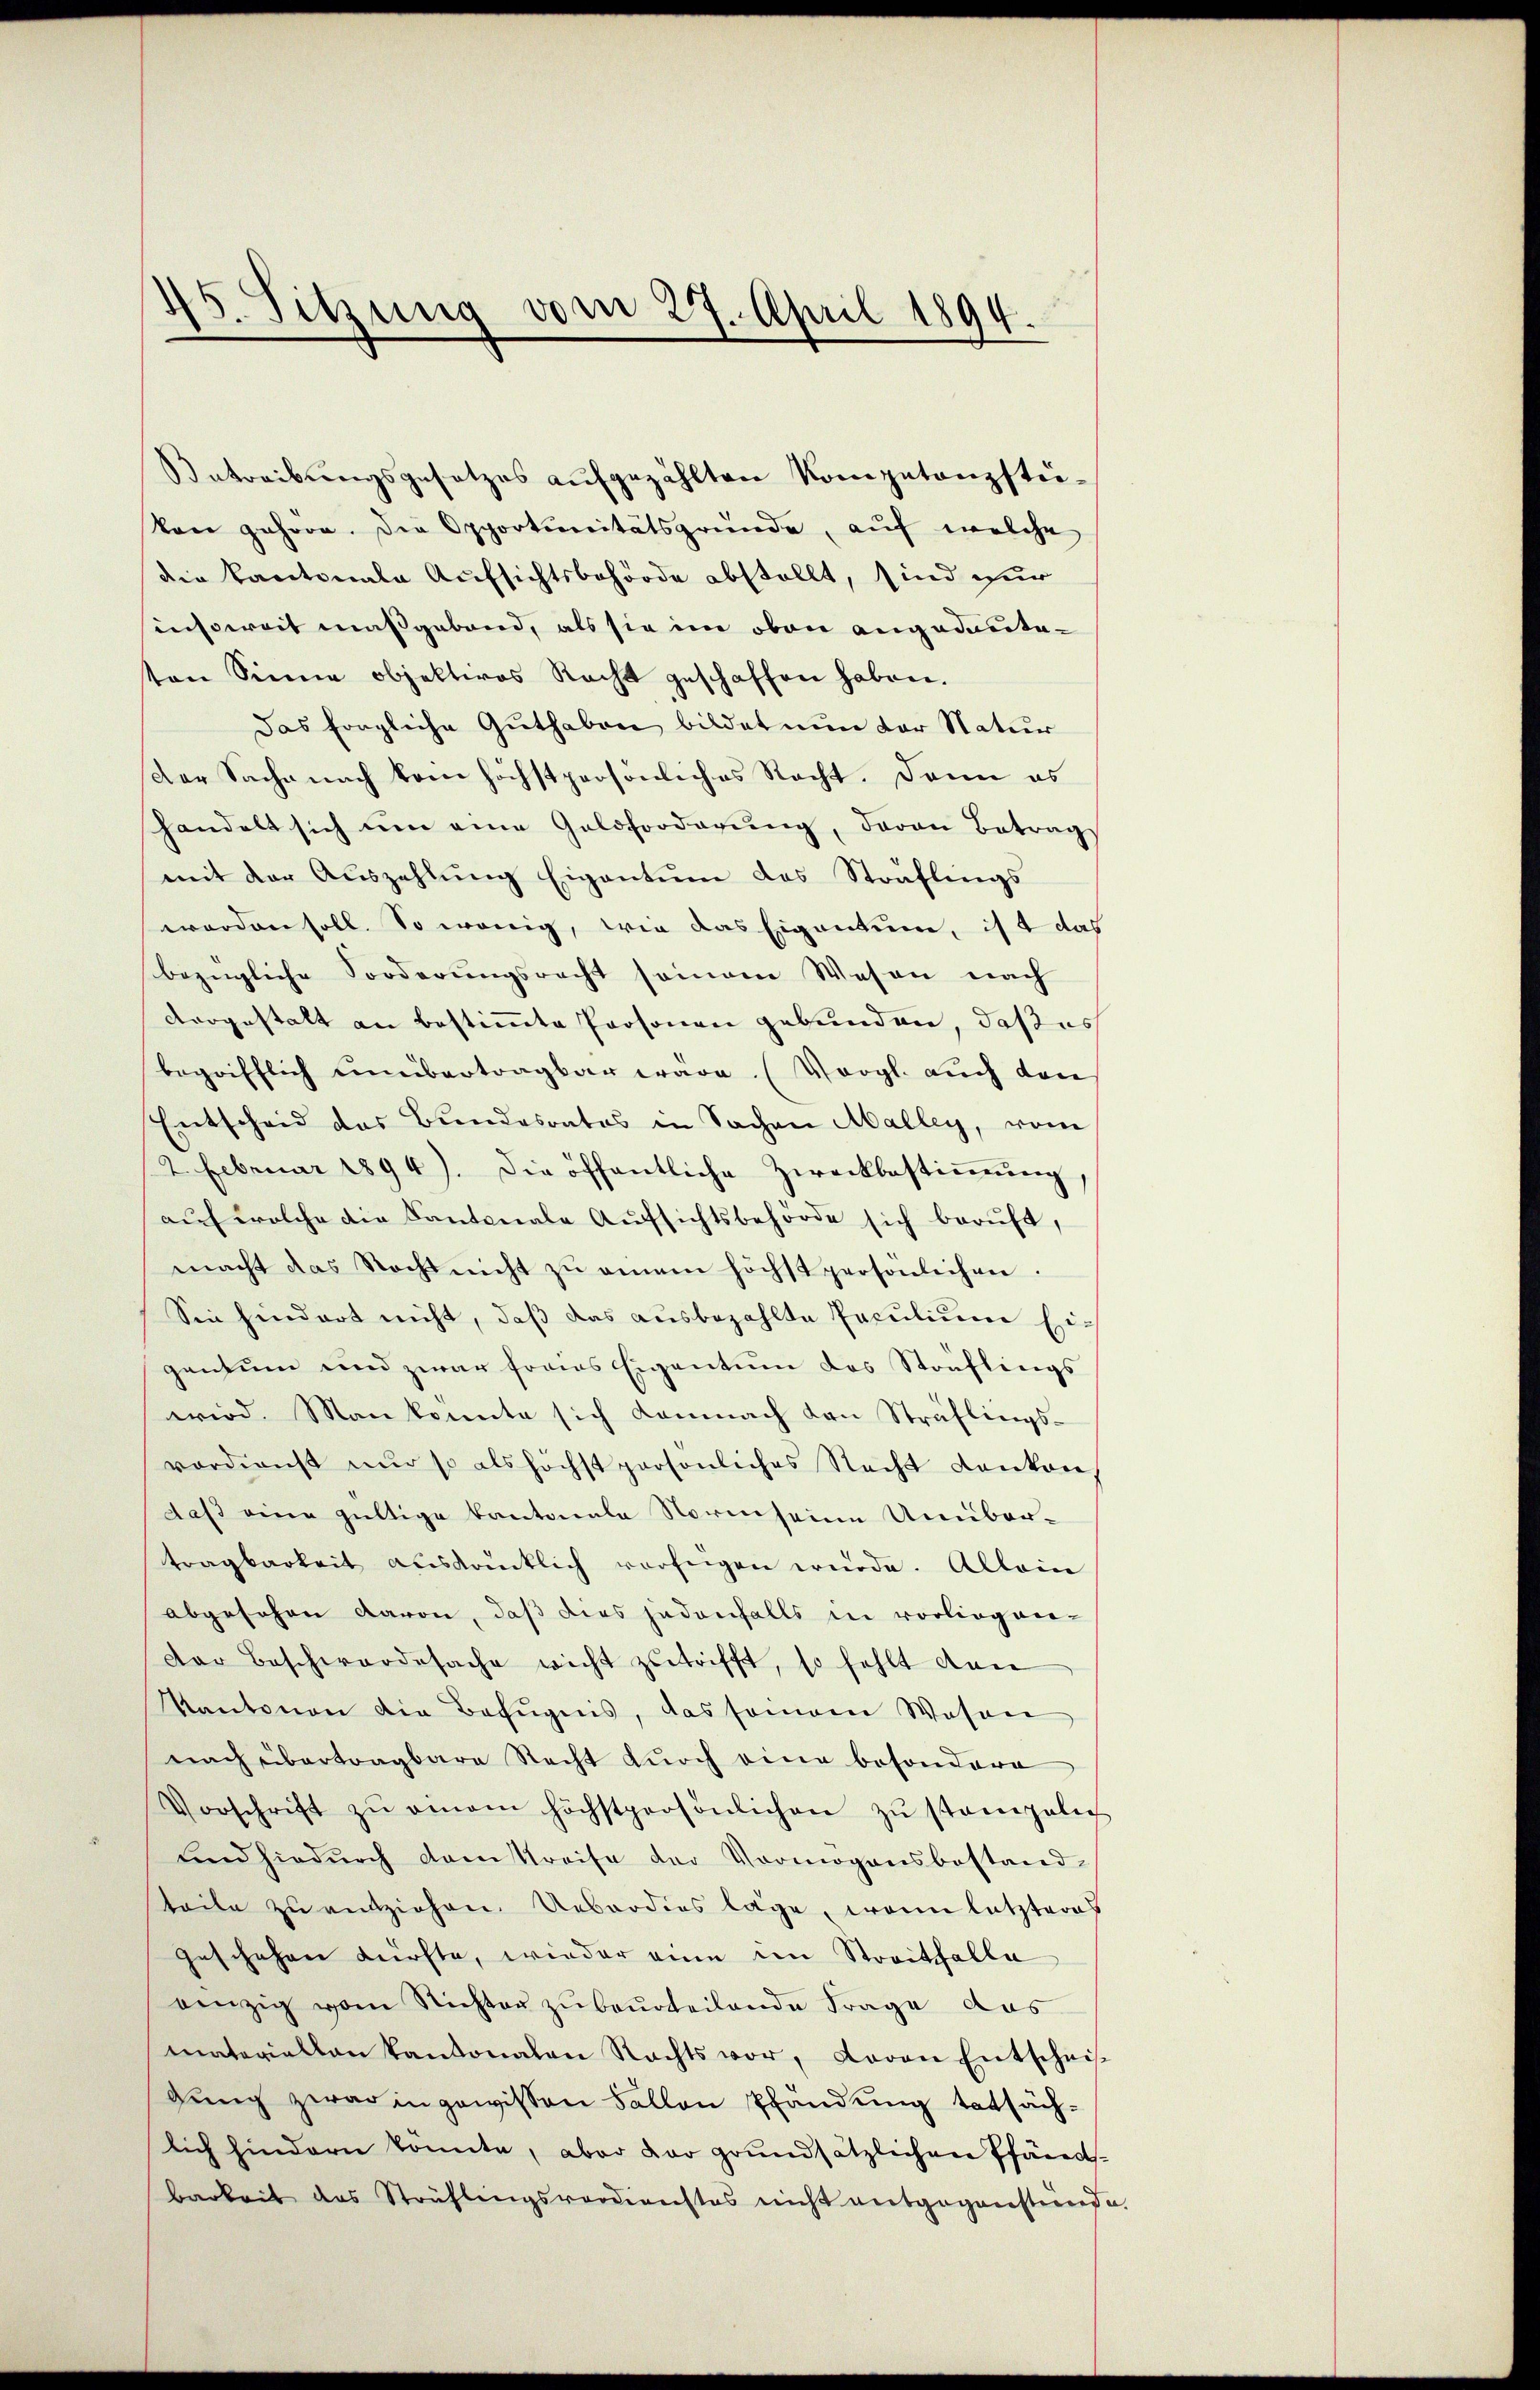
45. Sitzung vom 27. April 1894.

Antreibŭngsgesetzes aŭfgezählten Kompetenzstie-
kon gehöre. Die Opportionitätsgründe, auf welche
die Kantonale Aufsichtsbehörde abstellt, sind zur
insoweit maßgebend, als sie im oben angedante-
ton Sinne objektives Recht geschaffen haben.
Das fragliche Guthaben bildet nun der Natur
Der Sache nach kein höchstpersönliches Nacht. Dann es
handelt sich um eine Geldforderŭng, daran Betrag
mit der Auszahlŭng Eigentum des Sträflings
worden soll. So wenig, wie das Eigentum, ist das
bezügliche Forderungsrecht seinem Wesen nach
vorgestalt an bestimmte Personen gebunden, daß es
begrifflich unübertragbar wäre. (Vergl. auch dan
Entscheid das Bundesrates in Sachen Malley, vom
2. Februar 1894). Die öffentliche Zweckbestiṁŭng
aŭf welche die Kantonale Aufsichtsbehörde sich beruft,
macht das Recht nicht zu einem höchst persönlichen.
Sie hindert nicht, daß das ausbezahlte Faculium Ei-
gentum und zwar freies Eigentum das Sträflings
wird. Man konnte sich demnach den Sträflingsverdienst nur so als höchst persönliches Recht danken
daß eine gültige Kantonale Norm seine Unübertragbarkeit ausdrücklich verfügen würde. Allein
abgesehen davon, daß dies jedenfalls in vorliegver-
Der Beschwardesache wicht zutrifft, so fehlt dan
Kantonen die Befugnis, das seinem Wesen
nach übertragbare Recht durch eine besondere
Vorschrift zŭ einem höchstpersönlichen zŭ standeln
und hiedurch danstreife der Vermögensbestand-
teile zu entziehen. Ueberdies lage, wenn letzteres
geschehen dürfte, wieder eine ein Streitfalle
einzig vom Richten zŭ beurteilende Frage das
materiellen kantonalen Rechts vor, davon Entschei-
gung zwar in gewissen Fallen Pfändung tatsächlich hindern konnte, aber dar grundsätzlichen Pfarents-
barbeit das Sträflingsverdienstes nicht entgegenstende